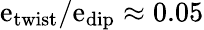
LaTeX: \mathrm{e}_{\mathrm{{twist}}}/\mathrm{e}_{\mathrm{{dip}}}\approx0.05